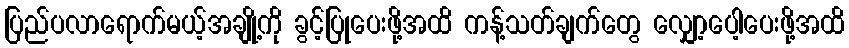
ပြည်ပလာရောက်မယ့်အချို့ကို ခွင့်ပြုပေးဖို့အထိ ကန့်သတ်ချက်တွေ လျှော့ပေါ့ပေးဖို့အထိ